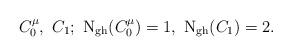
LaTeX: \begin{align*}C_0^\mu , \ C_1 ;\ {\rm N_{gh}}(C_0^\mu )=1 , \ {\rm N_{gh}}(C_1)=2.\end{align*}